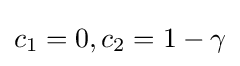
c_{1}=0,c_{2}=1-\gamma